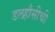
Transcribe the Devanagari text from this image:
डलहौसीची